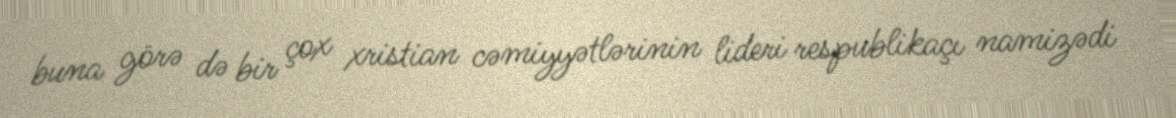
buna görə də bir çox xristian cəmiyyətlərinin lideri respublikaçı namizədi